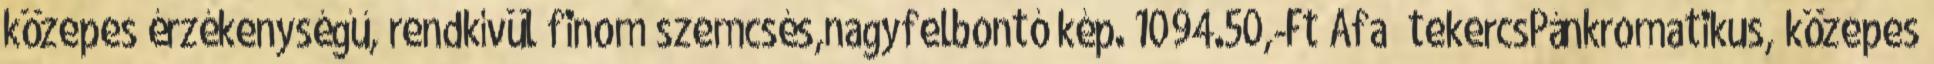
közepes érzékenységű, rendkívül finom szemcsés,nagyfelbontó kép. 1094.50,-Ft Áfa tekercsPánkromatikus, közepes